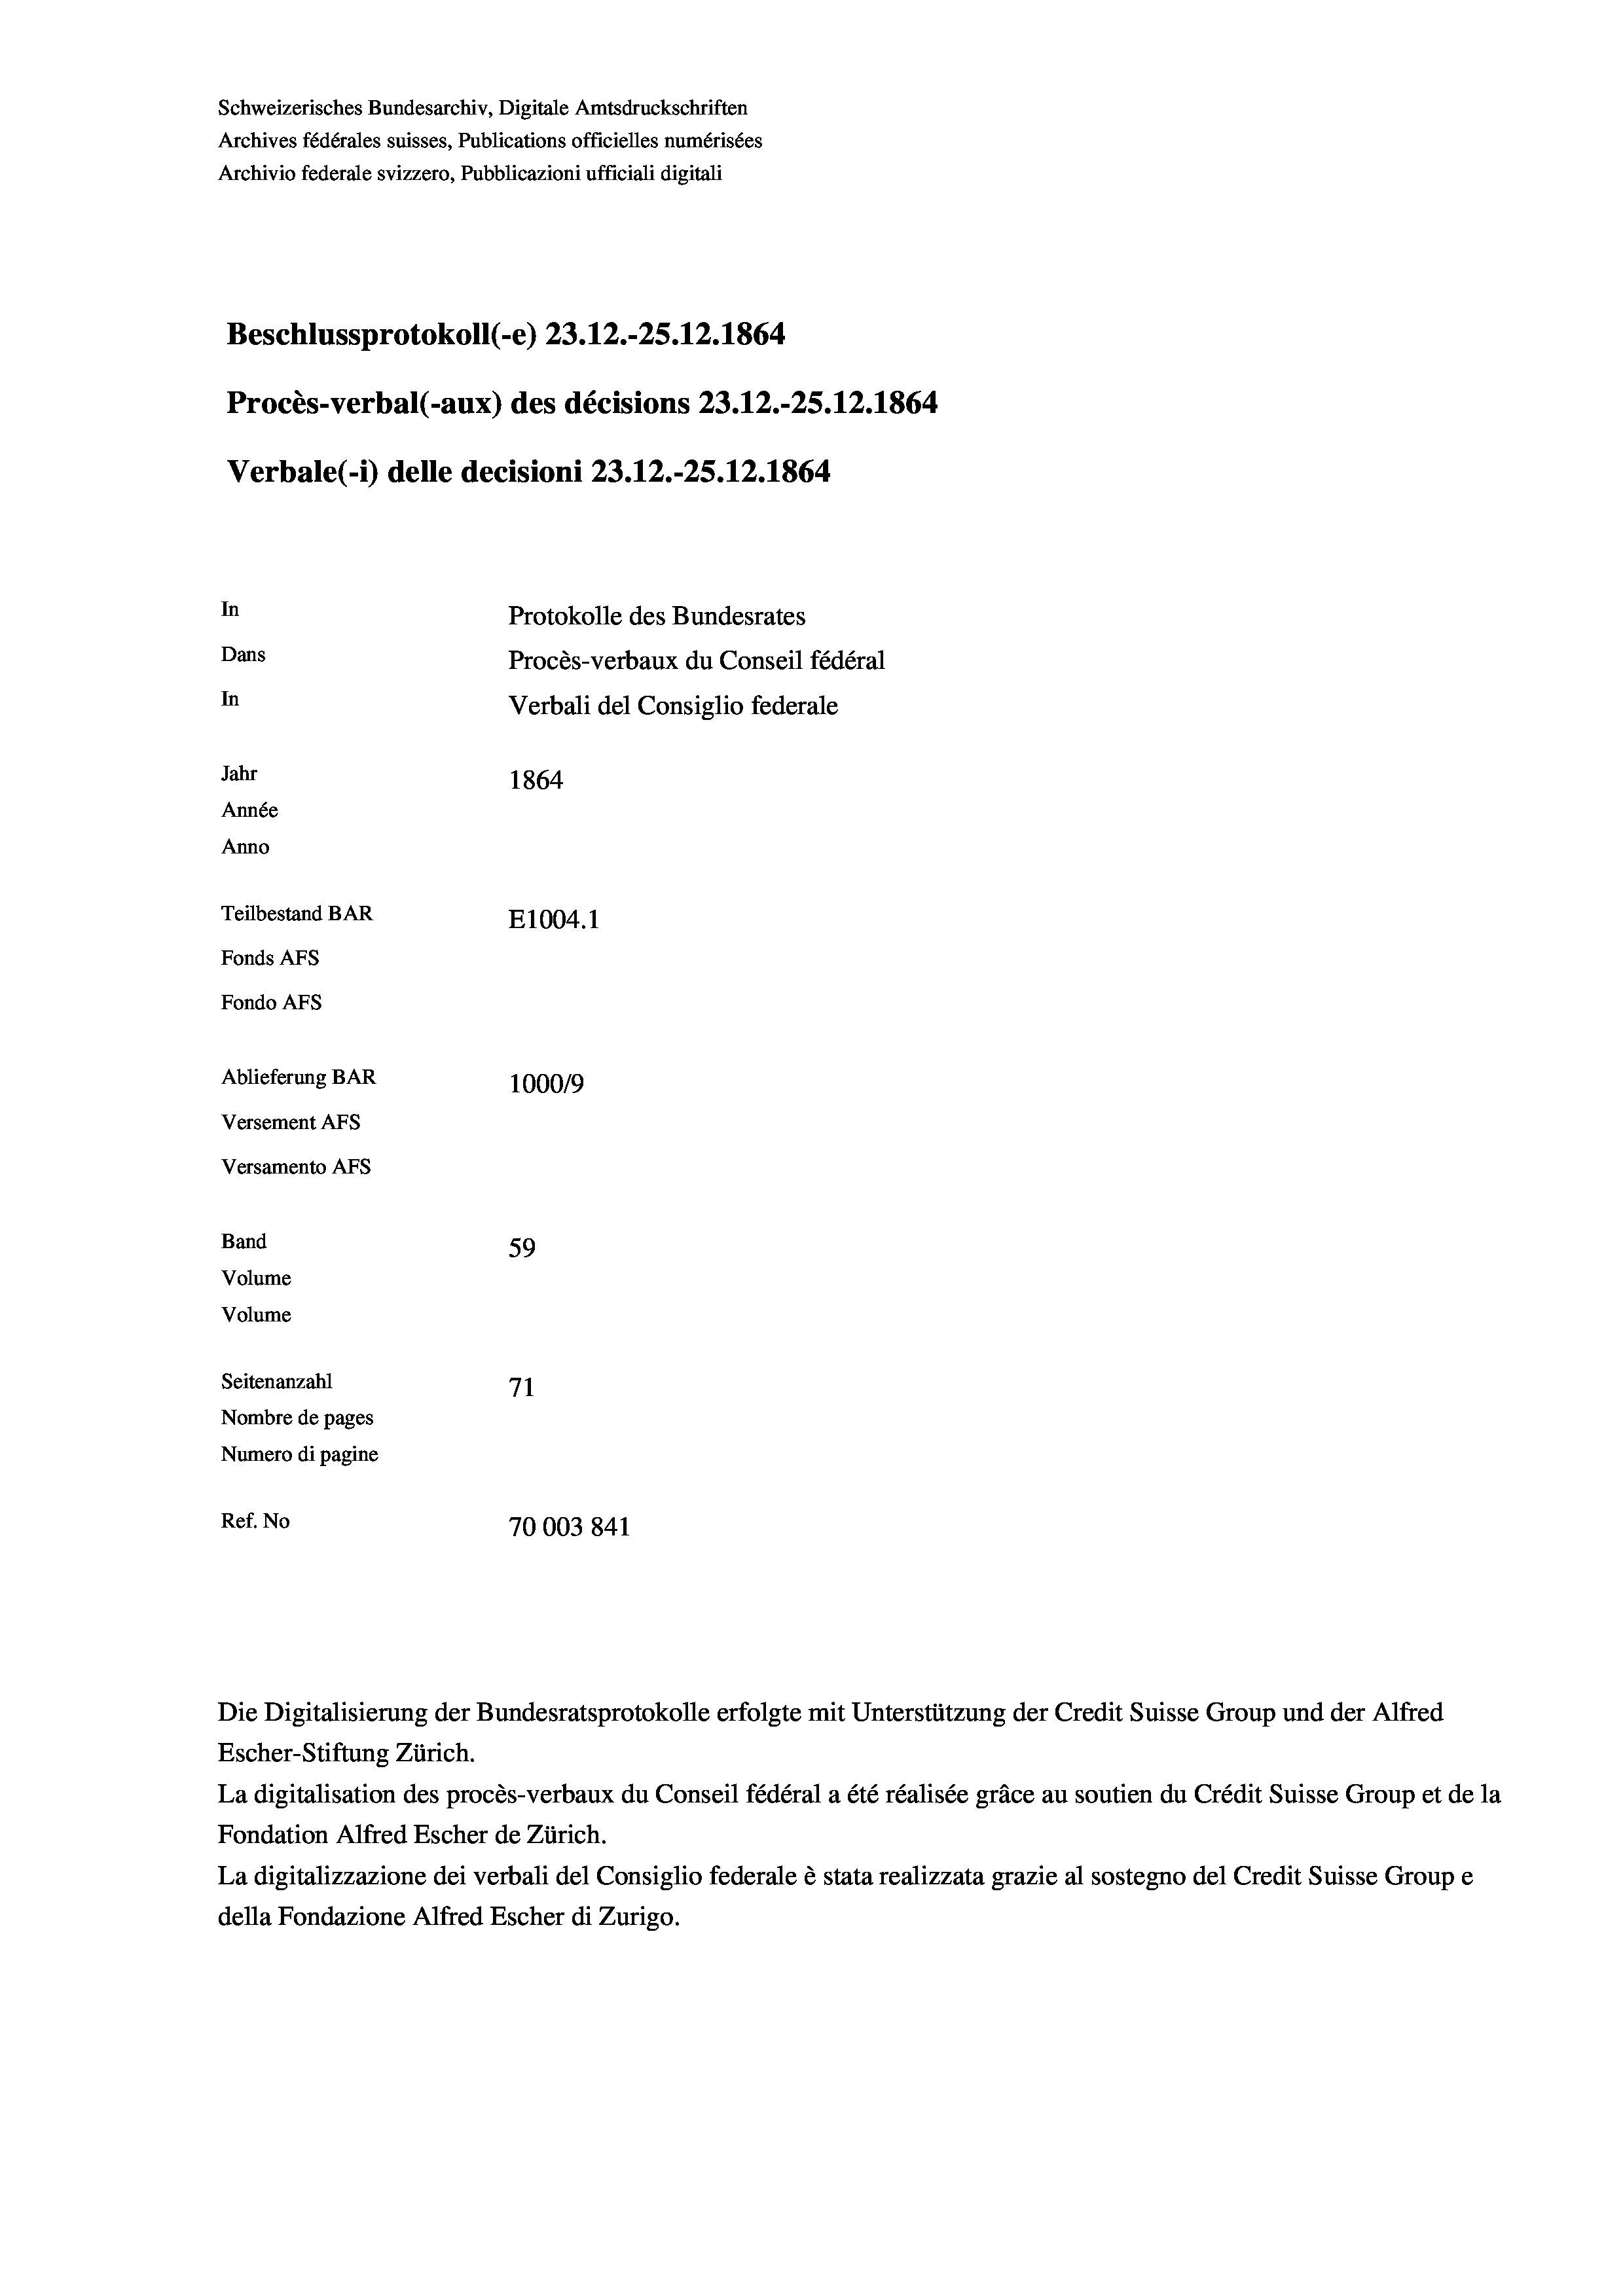
Schweizerisches Bundesarchiv, Digitale Amtsdruckschriften
Archives fédérales suisses, Publications officielles numérisées
Archivio federale svizzero, Pubblicazioni ufficiali digitali
Beschlussprotokoll (-e) 23.12.-25. 12. 1864
Procès-verbal (-aux) des décisions 23.12.-25.12.1864
Verbale(*) delle decisioni 23.12.-25. 12. 1864
In
Protokolle des Bundesrates
Dans
Procès-verbaux du Conseil fédéral
In
Jahr
1864
Année
Anno
Teilbestand BAR
E1004. 1
Fonds AFs
Fondo AFs
Ablieferung BAR
100019
Versement AFs
Versamento Afs
Band
59
Volume
Volume
Seitenanzahl
71
Nombre de pages
Numero di pagine
Ref. No
70003 841

Verbali del Consiglio federale

Escher-Stiftung Zürich.
La digitalisation des procès-verbaux du Conseil fédéral a été réalisée gräce au soutien du Crédit Suisse Group et de la
Fondation Alfred Escher de Zürich.
La digitalizzazione dei verbali del Consiglio federale è stata realizzata grazie al sostegno del Credit Suisse Groupe
della Fondazione Alfred Escher di Zurigo.

Die Digitalisierung der Bundesratsprotokolle erfolgte mit Unterstützung der Credit Suisse Group und der Alfred